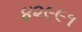
૪૨૯૯૧